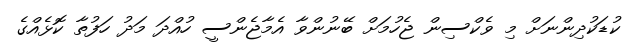
ކުޑަކުދިންނަށް މި ވެކްސިން ޖެހުމަށް ބޭނުންވާ އެމާޖެންސީ ހުއްދަ މަދު ހަފުތާ ކޮޅެއްގެ